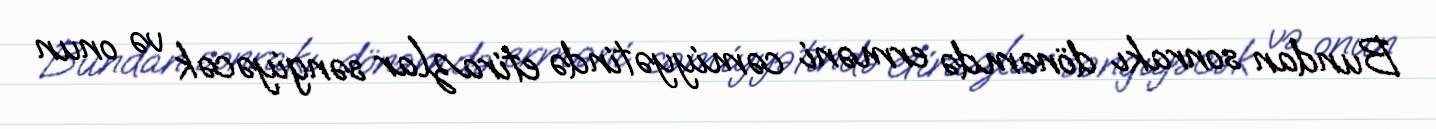
Bundan sonrakı dönəmdə erməni cəmiyyətində etirazlar səngiyəcək və onun